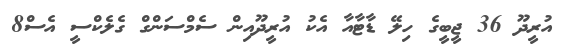
އުރީދޫ 36 ޖީބީގެ ހިލޭ ޑާޓާއާ އެކު އުރީދޫއިން ސެމްސަންގް ގެލެކްސީ އެސް8